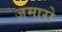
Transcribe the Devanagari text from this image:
जमारो